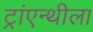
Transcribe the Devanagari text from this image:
ट्रांएन्थीला